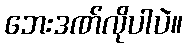
ဘေးဒဏ်လိုပါပဲ။